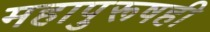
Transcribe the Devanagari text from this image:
महापुरूषही